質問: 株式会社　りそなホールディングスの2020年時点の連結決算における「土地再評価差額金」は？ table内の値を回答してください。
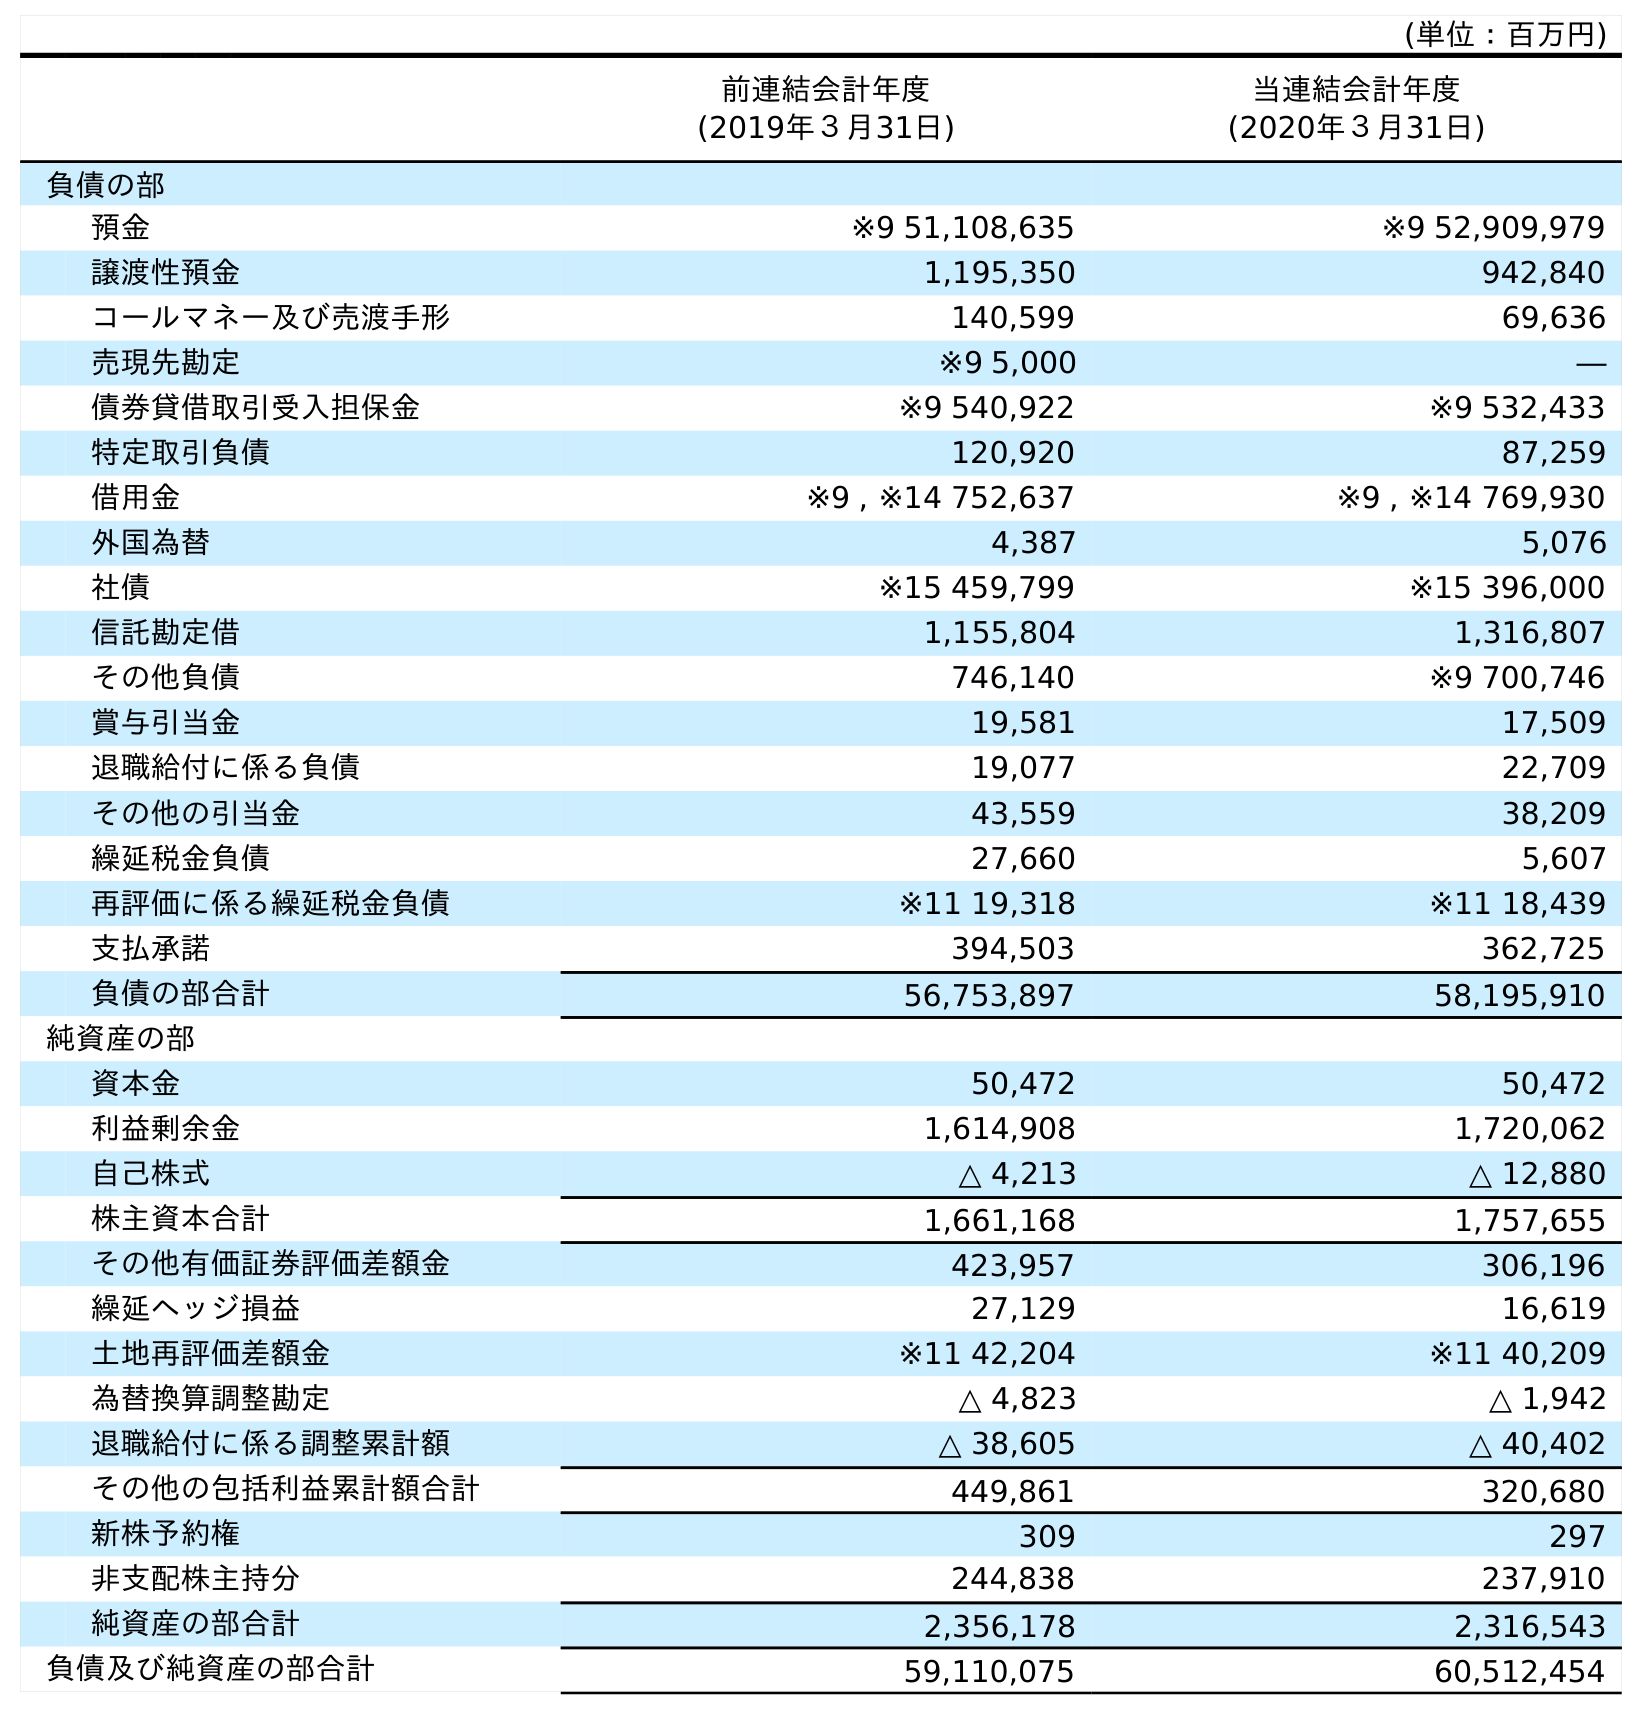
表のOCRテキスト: (単位：百万円) 前連結会計年度 (2019年３月31日) 当連結会計年度 (2020年３月31日) 負債の部 預金 ※9 51,108,635 ※9 52,909,979 譲渡性預金 1,195,350 942,840 コールマネー及び売渡手形 140,599 69,636 売現先勘定 ※9 5,000 ― 債券貸借取引受入担保金 ※9 540,922 ※9 532,433 特定取引負債 120,920 87,259 借用金 ※9 , ※14 752,637 ※9 , ※14 769,930 外国為替 4,387 5,076 社債 ※15 459,799 ※15 396,000 信託勘定借 1,155,804 1,316,807 その他負債 746,140 ※9 700,746 賞与引当金 19,581 17,509 退職給付に係る負債 19,077 22,709 その他の引当金 43,559 38,209 繰延税金負債 27,660 5,607 再評価に係る繰延税金負債 ※11 19,318 ※11 18,439 支払承諾 394,503 362,725 負債の部合計 56,753,897 58,195,910 純資産の部 資本金 50,472 50,472 利益剰余金 1,614,908 1,720,062 自己株式 △ 4,213 △ 12,880 株主資本合計 1,661,168 1,757,655 その他有価証券評価差額金 423,957 306,196 繰延ヘッジ損益 27,129 16,619 土地再評価差額金 ※11 42,204 ※11 40,209 為替換算調整勘定 △ 4,823 △ 1,942 退職給付に係る調整累計額 △ 38,605 △ 40,402 その他の包括利益累計額合計 449,861 320,680 新株予約権 309 297 非支配株主持分 244,838 237,910 純資産の部合計 2,356,178 2,316,543 負債及び純資産の部合計 59,110,075 60,512,454
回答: ※1140,209